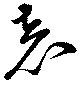
表